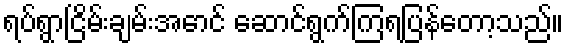
ရပ်ရွာငြိမ်းချမ်းအောင် ဆောင်ရွက်ကြရပြန်တော့သည်။